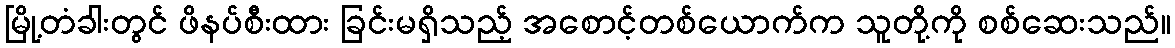
မြို့တံခါးတွင် ဖိနပ်စီးထား ခြင်းမရှိသည့် အစောင့်တစ်ယောက်က သူတို့ကို စစ်ဆေးသည်။